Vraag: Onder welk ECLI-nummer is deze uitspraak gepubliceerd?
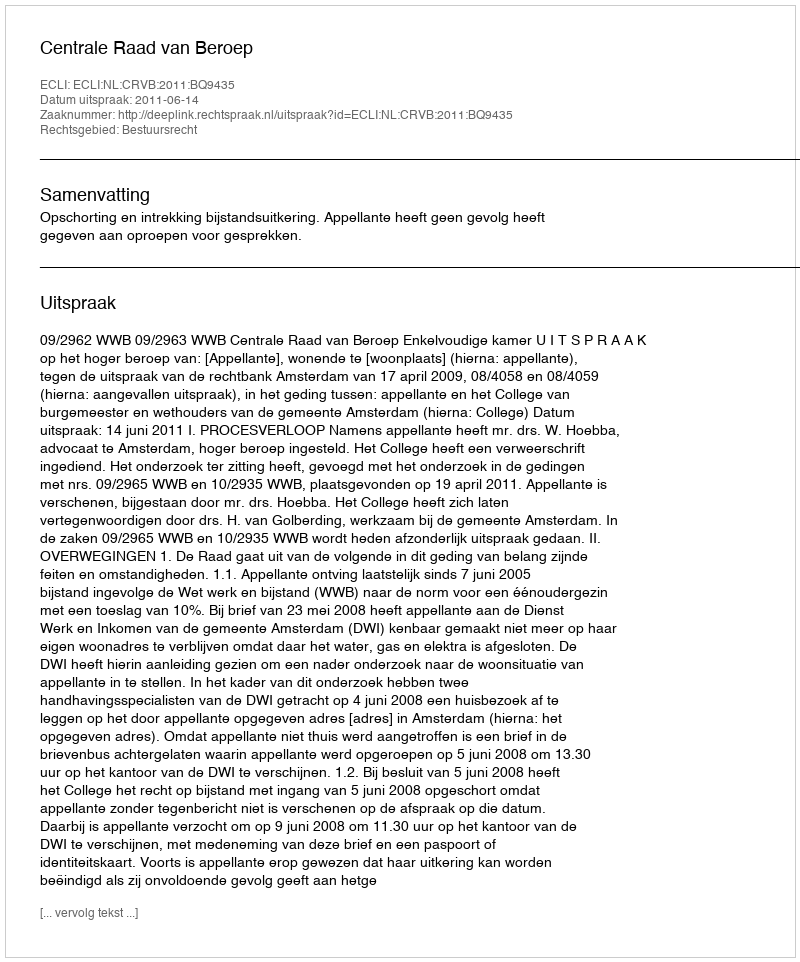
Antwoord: ECLI:NL:CRVB:2011:BQ9435